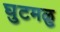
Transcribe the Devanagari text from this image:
घुटमळु